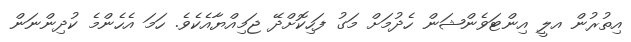
އިތުރުން އލީ އިންޓަވެންޝަން ހެދުމަށް މަގު ފަހިކޮށްދޭ ޖަމިއްޔާއެކެވެ. ހަމަ އެހެންމެ ކުދިންނަން